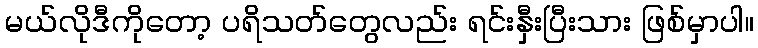
မယ်လိုဒီကိုတော့ ပရိသတ်တွေလည်း ရင်းနှီးပြီးသား ဖြစ်မှာပါ။